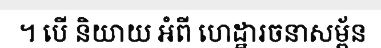
។ បើ និយាយ អំពី ហេដ្ឋារចនាសម្ព័ន